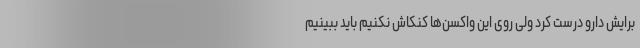
برایش دارو درست کرد ولی روی این واکسن‌ها کنکاش نکنیم باید ببینیم